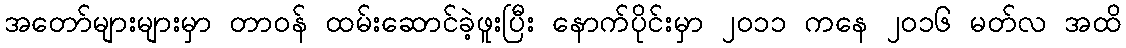
အတော်များများမှာ တာဝန် ထမ်းဆောင်ခဲ့ဖူးပြီး နောက်ပိုင်းမှာ ၂၀၁၁ ကနေ ၂၀၁၆ မတ်လ အထိ